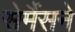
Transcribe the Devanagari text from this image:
सेमैंसने